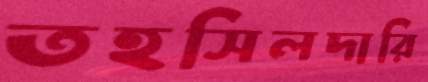
তহসিলদারি